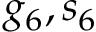
g _ { 6 } , s _ { 6 }